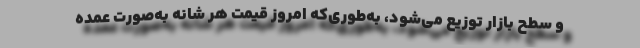
و سطح بازار توزیع می‌شود، به‌طوری‌که امروز قیمت هر شانه به‌صورت عمده